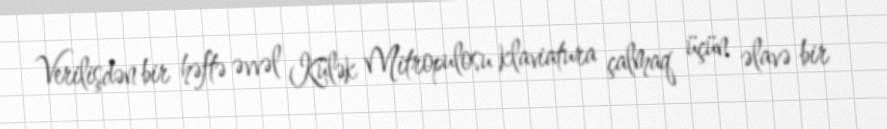
Verilişdən bir həftə əvvəl Külək Mitropulosu klaviatura çalmaq üçün əlavə bir